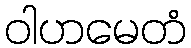
ဝါဟမေတံ